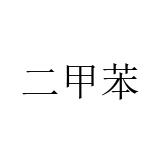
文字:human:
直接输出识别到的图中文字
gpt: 二甲苯